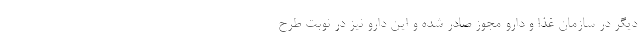
دیگر در سازمان غذا و دارو مجوز صادر شده و این دارو نیز در نوبت طرح